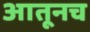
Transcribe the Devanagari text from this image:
आतूनच